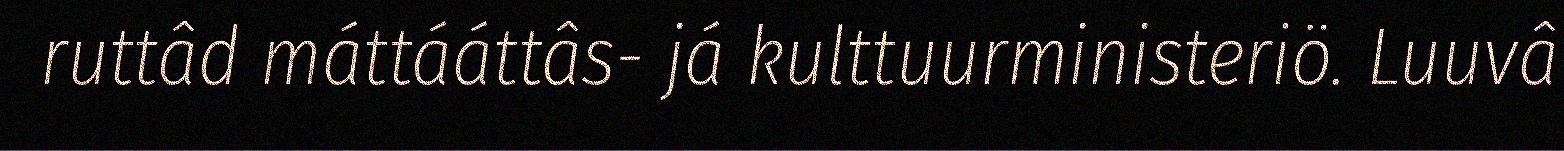
ruttâd máttááttâs- já kulttuurministeriö. Luuvâ